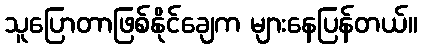
သူပြောတာဖြစ်နိုင်ချေက များနေပြန်တယ်။